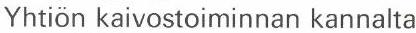
Yhtiön kaivostoiminnan kannalta